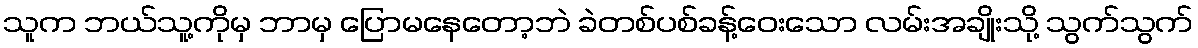
သူက ဘယ်သူ့ကိုမှ ဘာမှ ပြောမနေတော့ဘဲ ခဲတစ်ပစ်ခန့်ဝေးသော လမ်းအချိုးသို့ သွက်သွက်